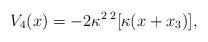
LaTeX: \begin{align*}V_4(x)=-2\kappa^2\, ^2[\kappa(x+x_3)],\end{align*}